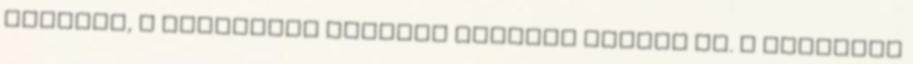
repülés, a súlytalan lebegés érzését váltja ki. A sziddhik